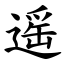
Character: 遥